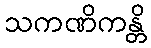
သကဏိကန္တိ